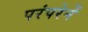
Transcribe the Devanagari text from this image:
परंपरेनें